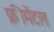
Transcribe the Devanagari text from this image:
फ्रीमेंटल